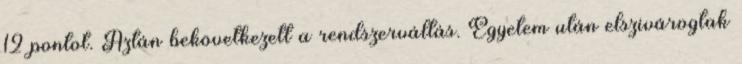
12 pontot. Aztán bekövetkezett a rendszerváltás. Egyetem után elszivárogtak